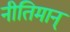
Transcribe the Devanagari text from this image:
नीतिमान्